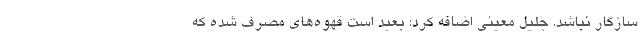
سازگار نباشد. جلیل معینی اضافه کرد: بعید است قهوه‌های مصرف شده که